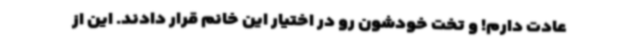
عادت دارم! و تخت خودشون رو در اختیار این خانم قرار دادند. این از